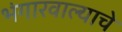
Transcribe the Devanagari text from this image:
भंगारवाल्याचे